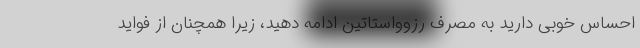
احساس خوبی دارید به مصرف رزوواستاتین ادامه دهید، زیرا همچنان از فواید